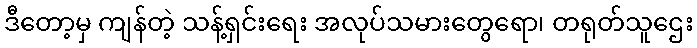
ဒီတော့မှ ကျန်တဲ့ သန့်ရှင်းရေး အလုပ်သမားတွေရော၊ တရုတ်သူဌေး